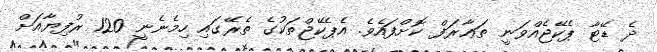
ދެ ޑޭޓާ ޕެކޭޖެއްވަނީ ތަޢާރަފް ކޮށްފައެވެ. އެޕެކޭޖްތަކުގެ ތެރޭގައި ހިމެނެނީ 120 ރުފިޔާއަށް